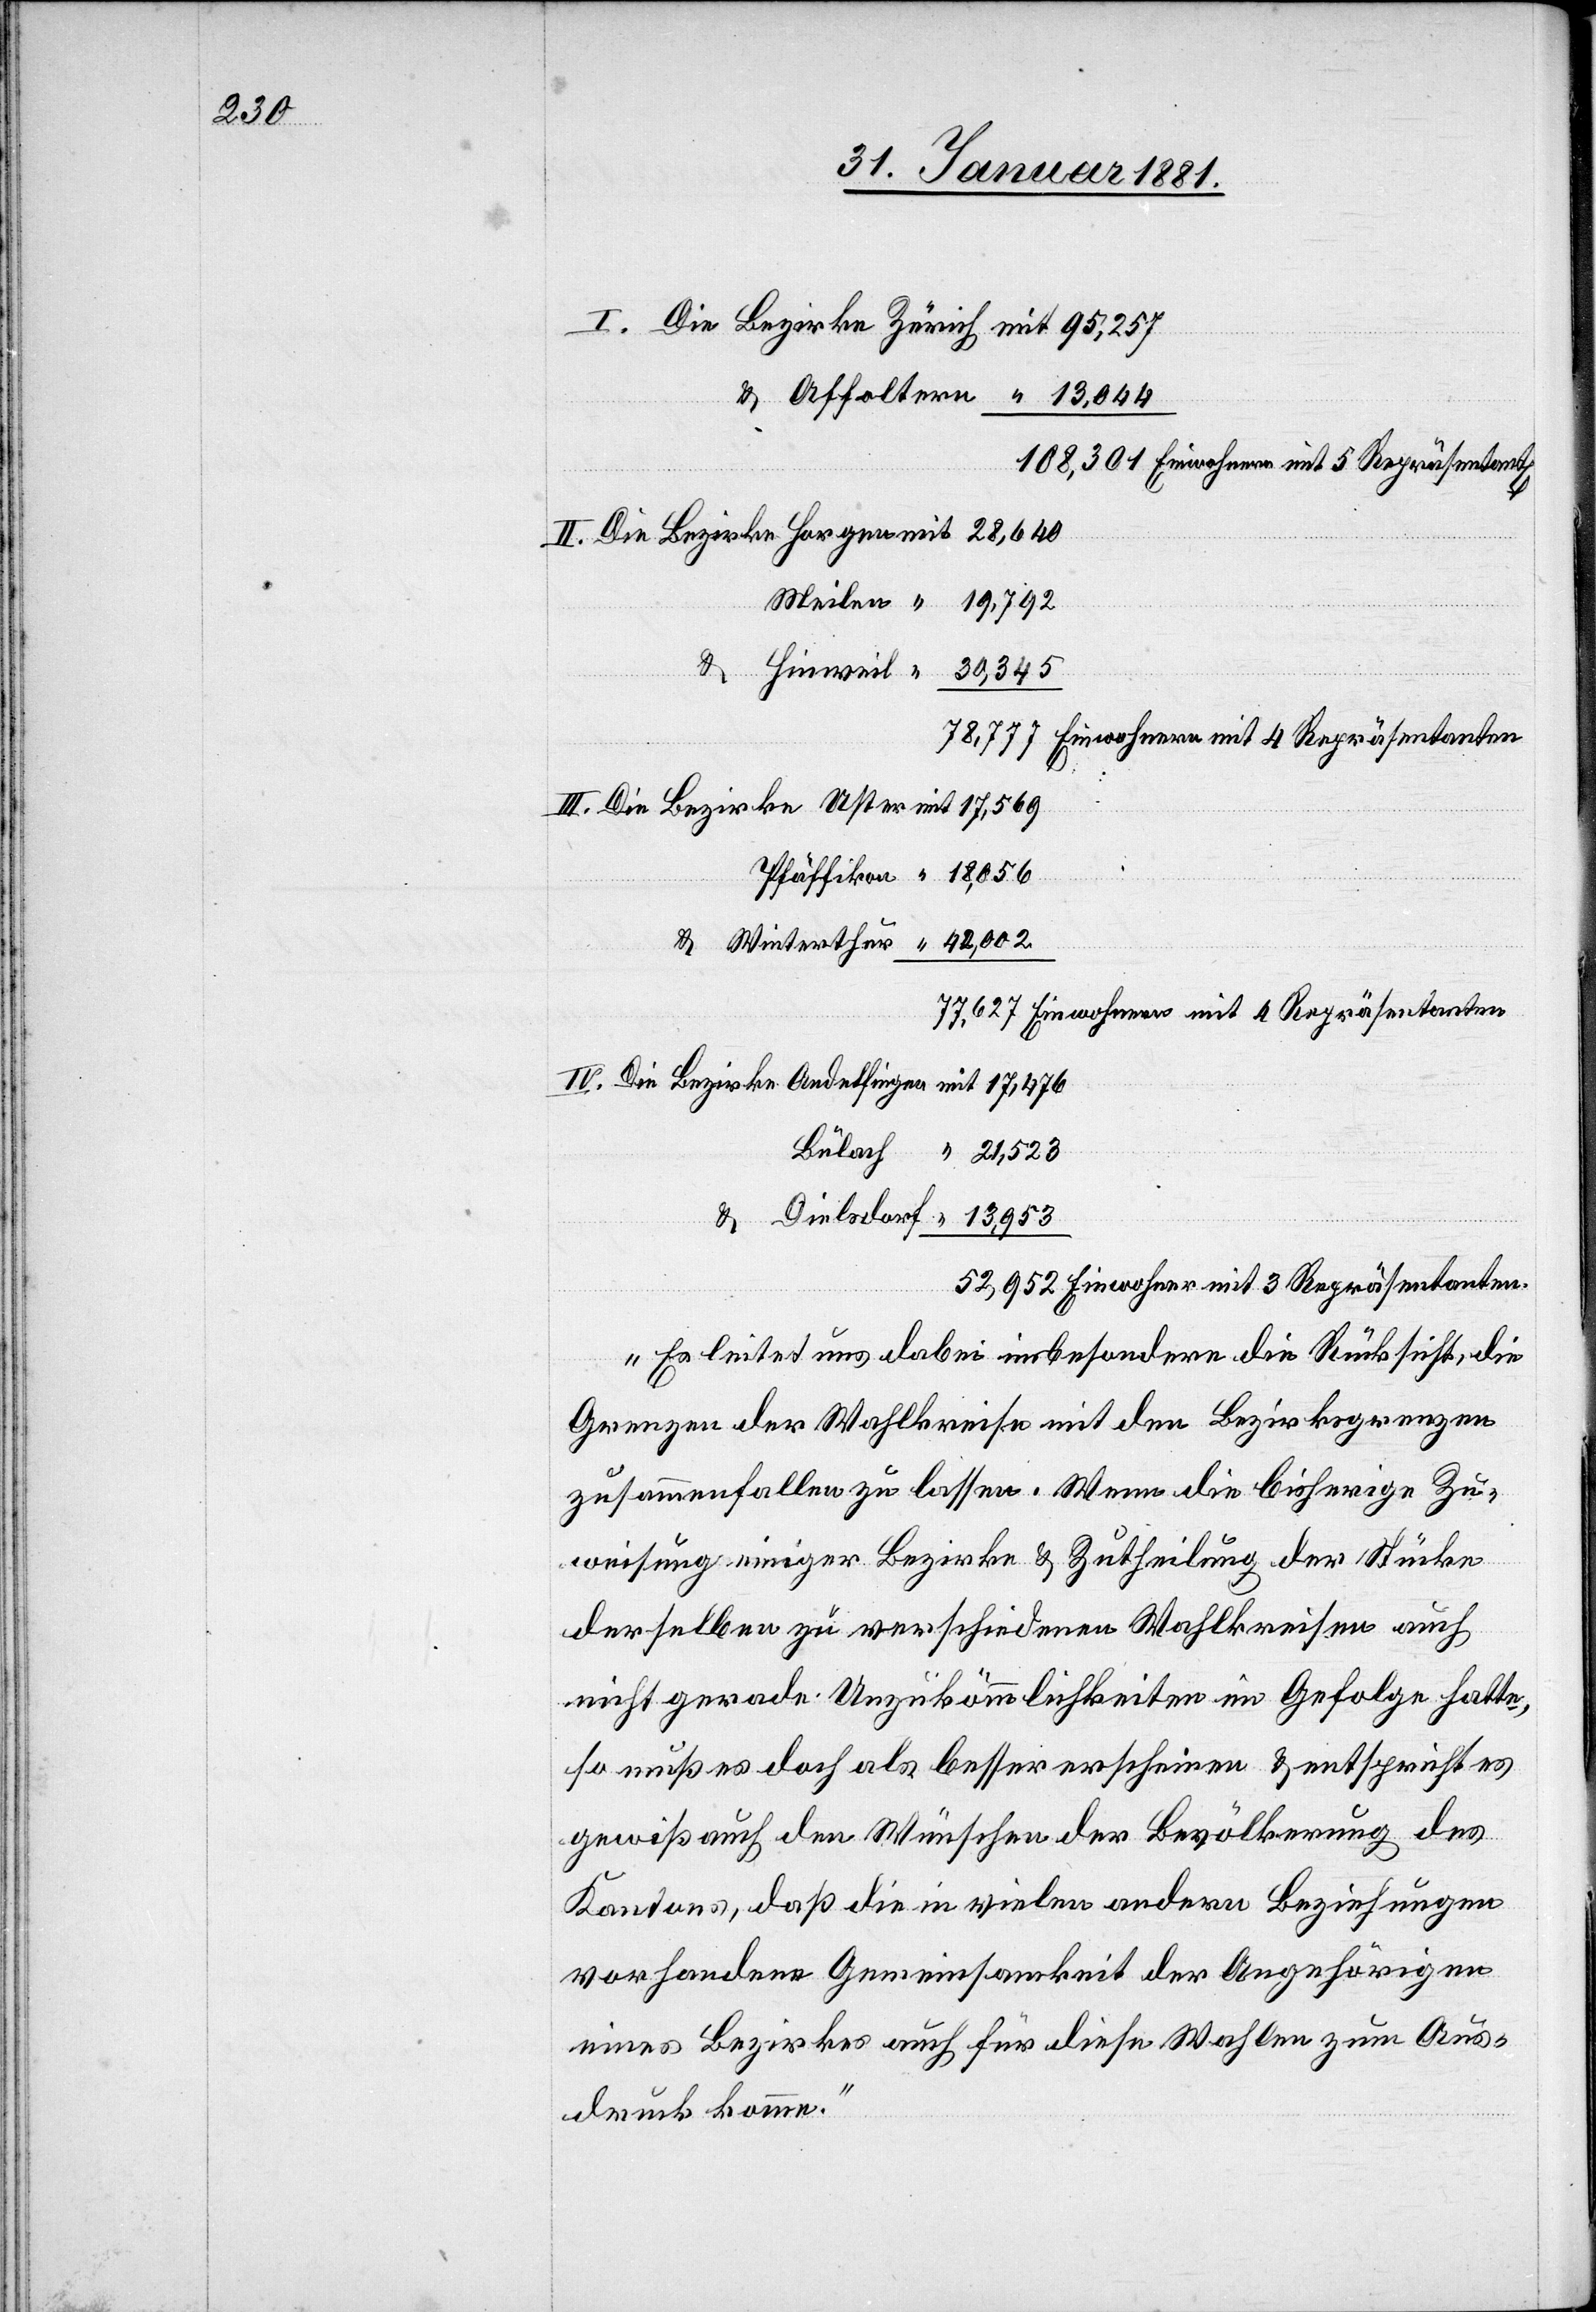
Einwohnern mit 4 Repräsentanten
Einwohner mit 3 Repräsentanten.
„Es leitet und dabei insbesondere die Rücksicht, die
Grenzen der Wahlkreise mit den Bezirksgrenzen
zusammenfallen zu lassen. Wenn die bisherige Zu¬
weisung einiger Bezirke & Zutheilung der Stücke
derselben zu verschiedenen Wahlkreisen auch
nicht gerade Unzukömmlichkeiten im Gefolge hatte,
so muß es doch als besser erscheinen & entspricht es
gewiß auch den Wünschen der Bevölkerung des
Kantons, daß die in vielen andern Beziehungen
vorhandenen Gemeinsamkeit der Angehörigen
eines Bezirkes auch für diese Wahlen zum Aus¬
druck komme.“